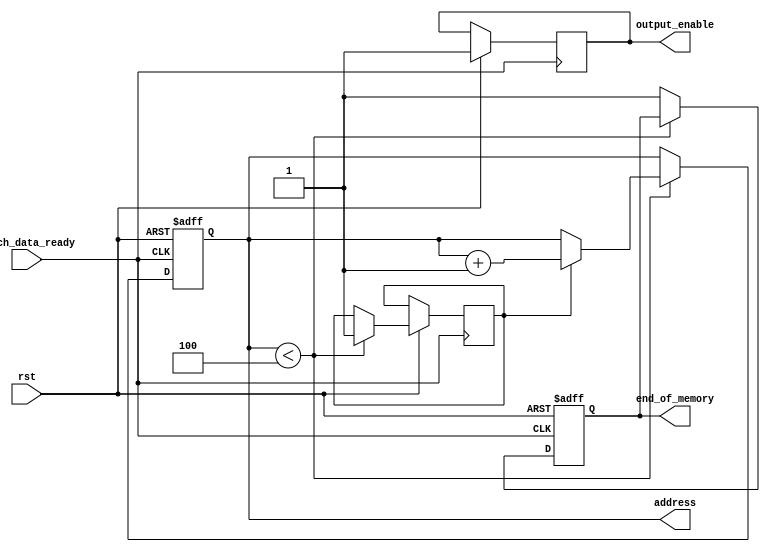

module memoryController( 
		//clk,
		rst,
		fetch_data_ready,
		end_of_memory,
		address,
		output_enable		
);

//input clk;
input rst;
input fetch_data_ready;
output reg end_of_memory;
output reg [31:0] address = 0;
output reg output_enable = 1'b0;

reg [31:0] threshold = 32'd4;

reg flagzero = 1'b0;

always@(/*posedge clk or*/ posedge fetch_data_ready or negedge rst)
begin
	if(rst == 1'b0)
	begin
		address <= 32'd0;
		end_of_memory <= 1'b0;
	end
	else
	begin
		if(fetch_data_ready)
		begin
			output_enable <= 1'b1;
			if(address < threshold)
			begin
				if(flagzero == 0)
				begin
					flagzero <= 1;
				end
				else
				begin
					address <= address + 1'b1;
				end
			end
			else
			begin
				end_of_memory <= 1'b1;
			end
		end
	end
end

endmodule